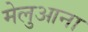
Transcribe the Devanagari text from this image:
मेलुआना